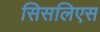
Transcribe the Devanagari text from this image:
सिसलिएस